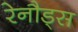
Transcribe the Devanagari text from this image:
रेनौड्स